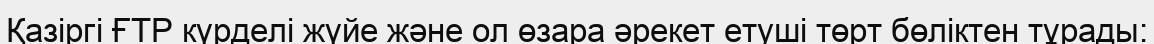
Қазіргі ҒТР күрделі жүйе және ол өзара әрекет етуші төрт бөліктен тұрады: